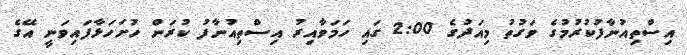
އިސްތިއުނާފުކުރުމުގެ ވަގުތު މިއަދުގެ 2:00 ގައި ހަމަވާއިރު އިސްތިއުނާފު ކުރަން ހުށަހަޅާފައިވަނީ އޭގެ